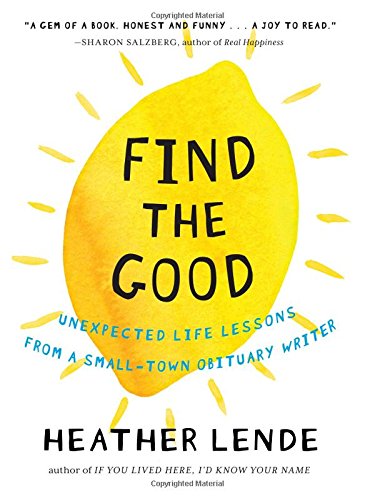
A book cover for Find the Good: Unexpected Life Lessons from a Small-Town Obituary Writer; Heather Lende; Politics & Social Sciences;